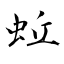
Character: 蚯